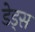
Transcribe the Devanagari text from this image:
डेड्स